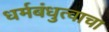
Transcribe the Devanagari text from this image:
धर्मबंधुत्वाचा